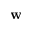
\mathbf { w }